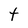
Character: t